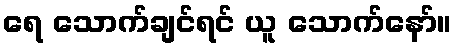
ရေ သောက်ချင်ရင် ယူ သောက်နော်။